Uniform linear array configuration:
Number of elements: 64
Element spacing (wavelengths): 0.25
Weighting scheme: uniform
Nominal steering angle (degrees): -60
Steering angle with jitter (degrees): -60.292
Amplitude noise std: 0.05
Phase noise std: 0.05

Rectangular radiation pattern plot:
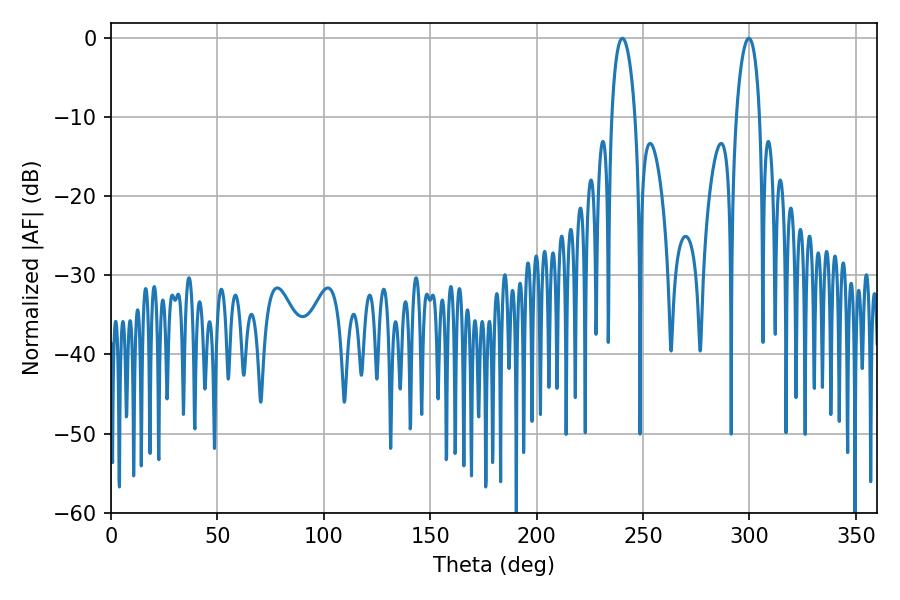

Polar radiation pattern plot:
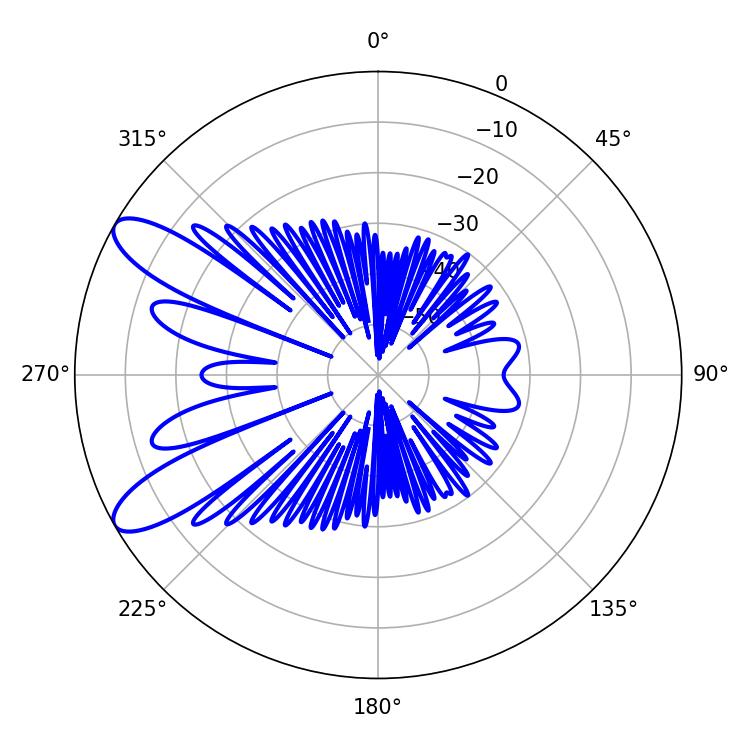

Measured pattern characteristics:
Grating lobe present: FALSE
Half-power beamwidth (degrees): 6.3
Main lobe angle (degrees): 299.7